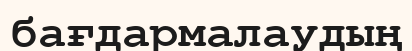
бағдармалаудың